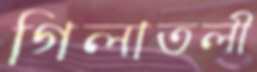
গিলাতলী